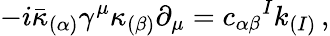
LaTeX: -i\bar{\kappa}_{(\alpha)}\gamma^{\mu}\kappa_{(\beta)}\partial_{\mu}=c_{\alpha\beta}{}^{I}k_{(I)}\, ,